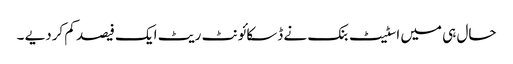
حال ہی میں اسٹیٹ بنک نے ڈسکائونٹ ریٹ ایک فیصد کم کردیے ۔